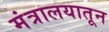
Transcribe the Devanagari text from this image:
मंत्रालयातून